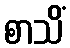
စာသိံ